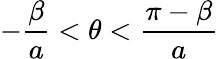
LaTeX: -\frac{\beta}{a}<\theta<\frac{\pi-\beta}{a}